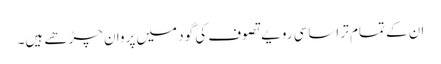
ان کے تمام تر اساسی رویے تصوف کی گود میں پروان چڑھے ہیں۔